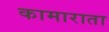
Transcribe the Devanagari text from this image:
कामाराता